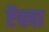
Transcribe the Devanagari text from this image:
ऍक्वा